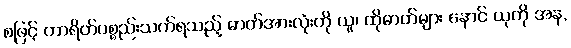
စဖြင့် ကာရိတ်ပစ္စည်းသက်ရသည့် ဓာတ်အားလုံးကို ယူ၊ ထိုဓာတ်များ နောင် ယုကို အန,